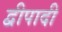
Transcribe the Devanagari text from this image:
द्वीपादी